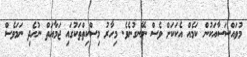
މުވައްސަސާއަކުން ކަމެއް އެކަކަށް ވެސް ނޭނގުނެވެ. މިހާރު މިސްކިތްތަކުގައި ޖަމާއަތް ނުހެދި ނަމަވެސް